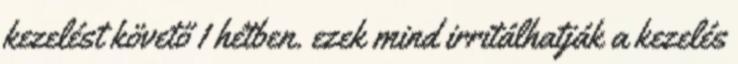
kezelést követő 1 hétben. ezek mind irritálhatják a kezelés